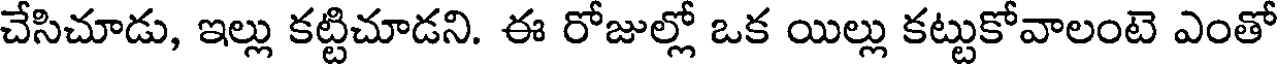
చేసిచూడు, ఇల్లు కట్టిచూడని. ఈ రోజుల్లో ఒక యిల్లు కట్టుకోవాలంటె ఎంతో